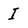
Character: I